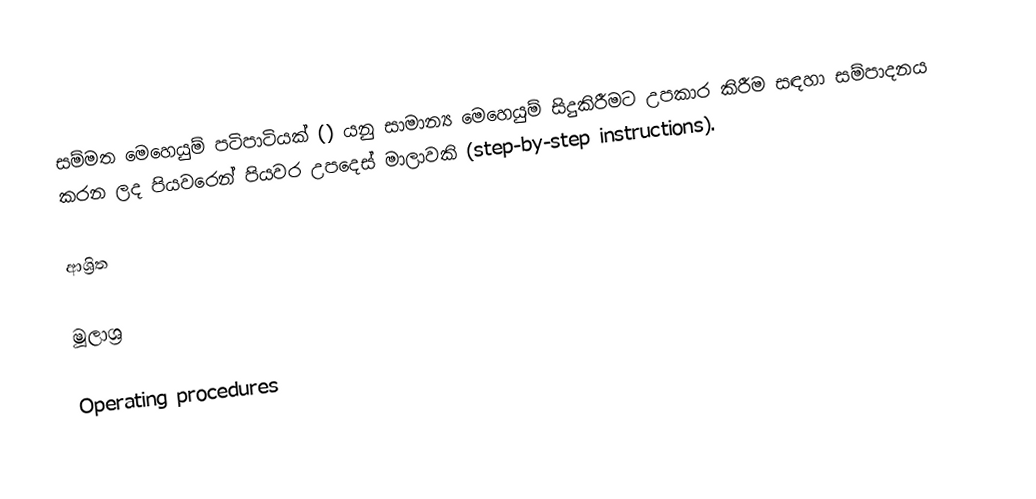
සම්මත මෙහෙයුම් පටිපාටියක් () යනු සාමාන්‍ය මෙහෙයුම් සිදුකිරීමට උපකාර කිරීම සඳහා සම්පාදනය කරන ලද පියවරෙන් පියවර උපදෙස් මාලාවකි (step-by-step instructions).

ආශ්‍රිත

මූලාශ්‍ර

Operating procedures